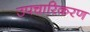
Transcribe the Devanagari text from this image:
उपचारिकरण